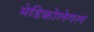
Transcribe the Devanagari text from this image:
मेडिकोलेगल